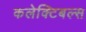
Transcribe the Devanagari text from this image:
कलेक्टिबल्स